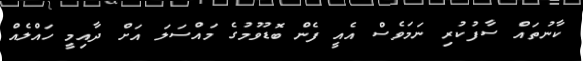
ކާނުތައް ސާފުކުރި ނަމަވެސް އެއީ ފެން ބޮޑުވުމުގެ މައްސަލަ އަށް ދާއިމީ ހައްލެއް